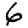
Digit: 6